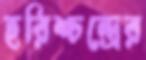
হরিশ্চন্দ্রের